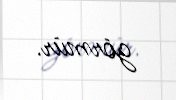
görmür.